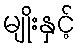
မျိုးနှင့်